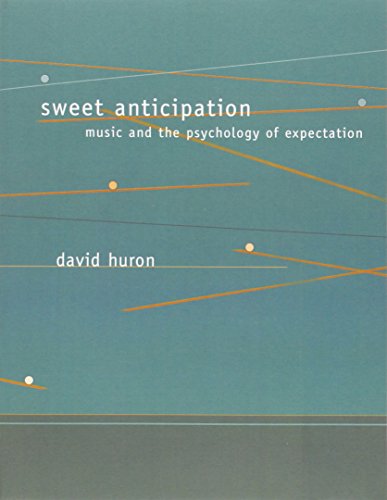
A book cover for Sweet Anticipation: Music and the Psychology of Expectation (Bradford Books); David Huron; Medical Books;